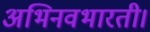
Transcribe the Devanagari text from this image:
अभिनवभारती।